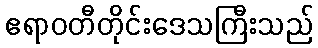
ဧရာဝတီတိုင်းဒေသကြီးသည်